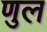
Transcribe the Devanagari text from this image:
णुल